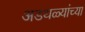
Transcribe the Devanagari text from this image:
अडथळ्यांच्या